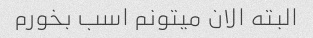
البته الان میتونم اسب بخورم